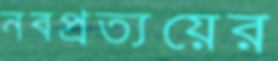
নবপ্রত্যয়ের